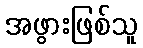
အဖွားဖြစ်သူ